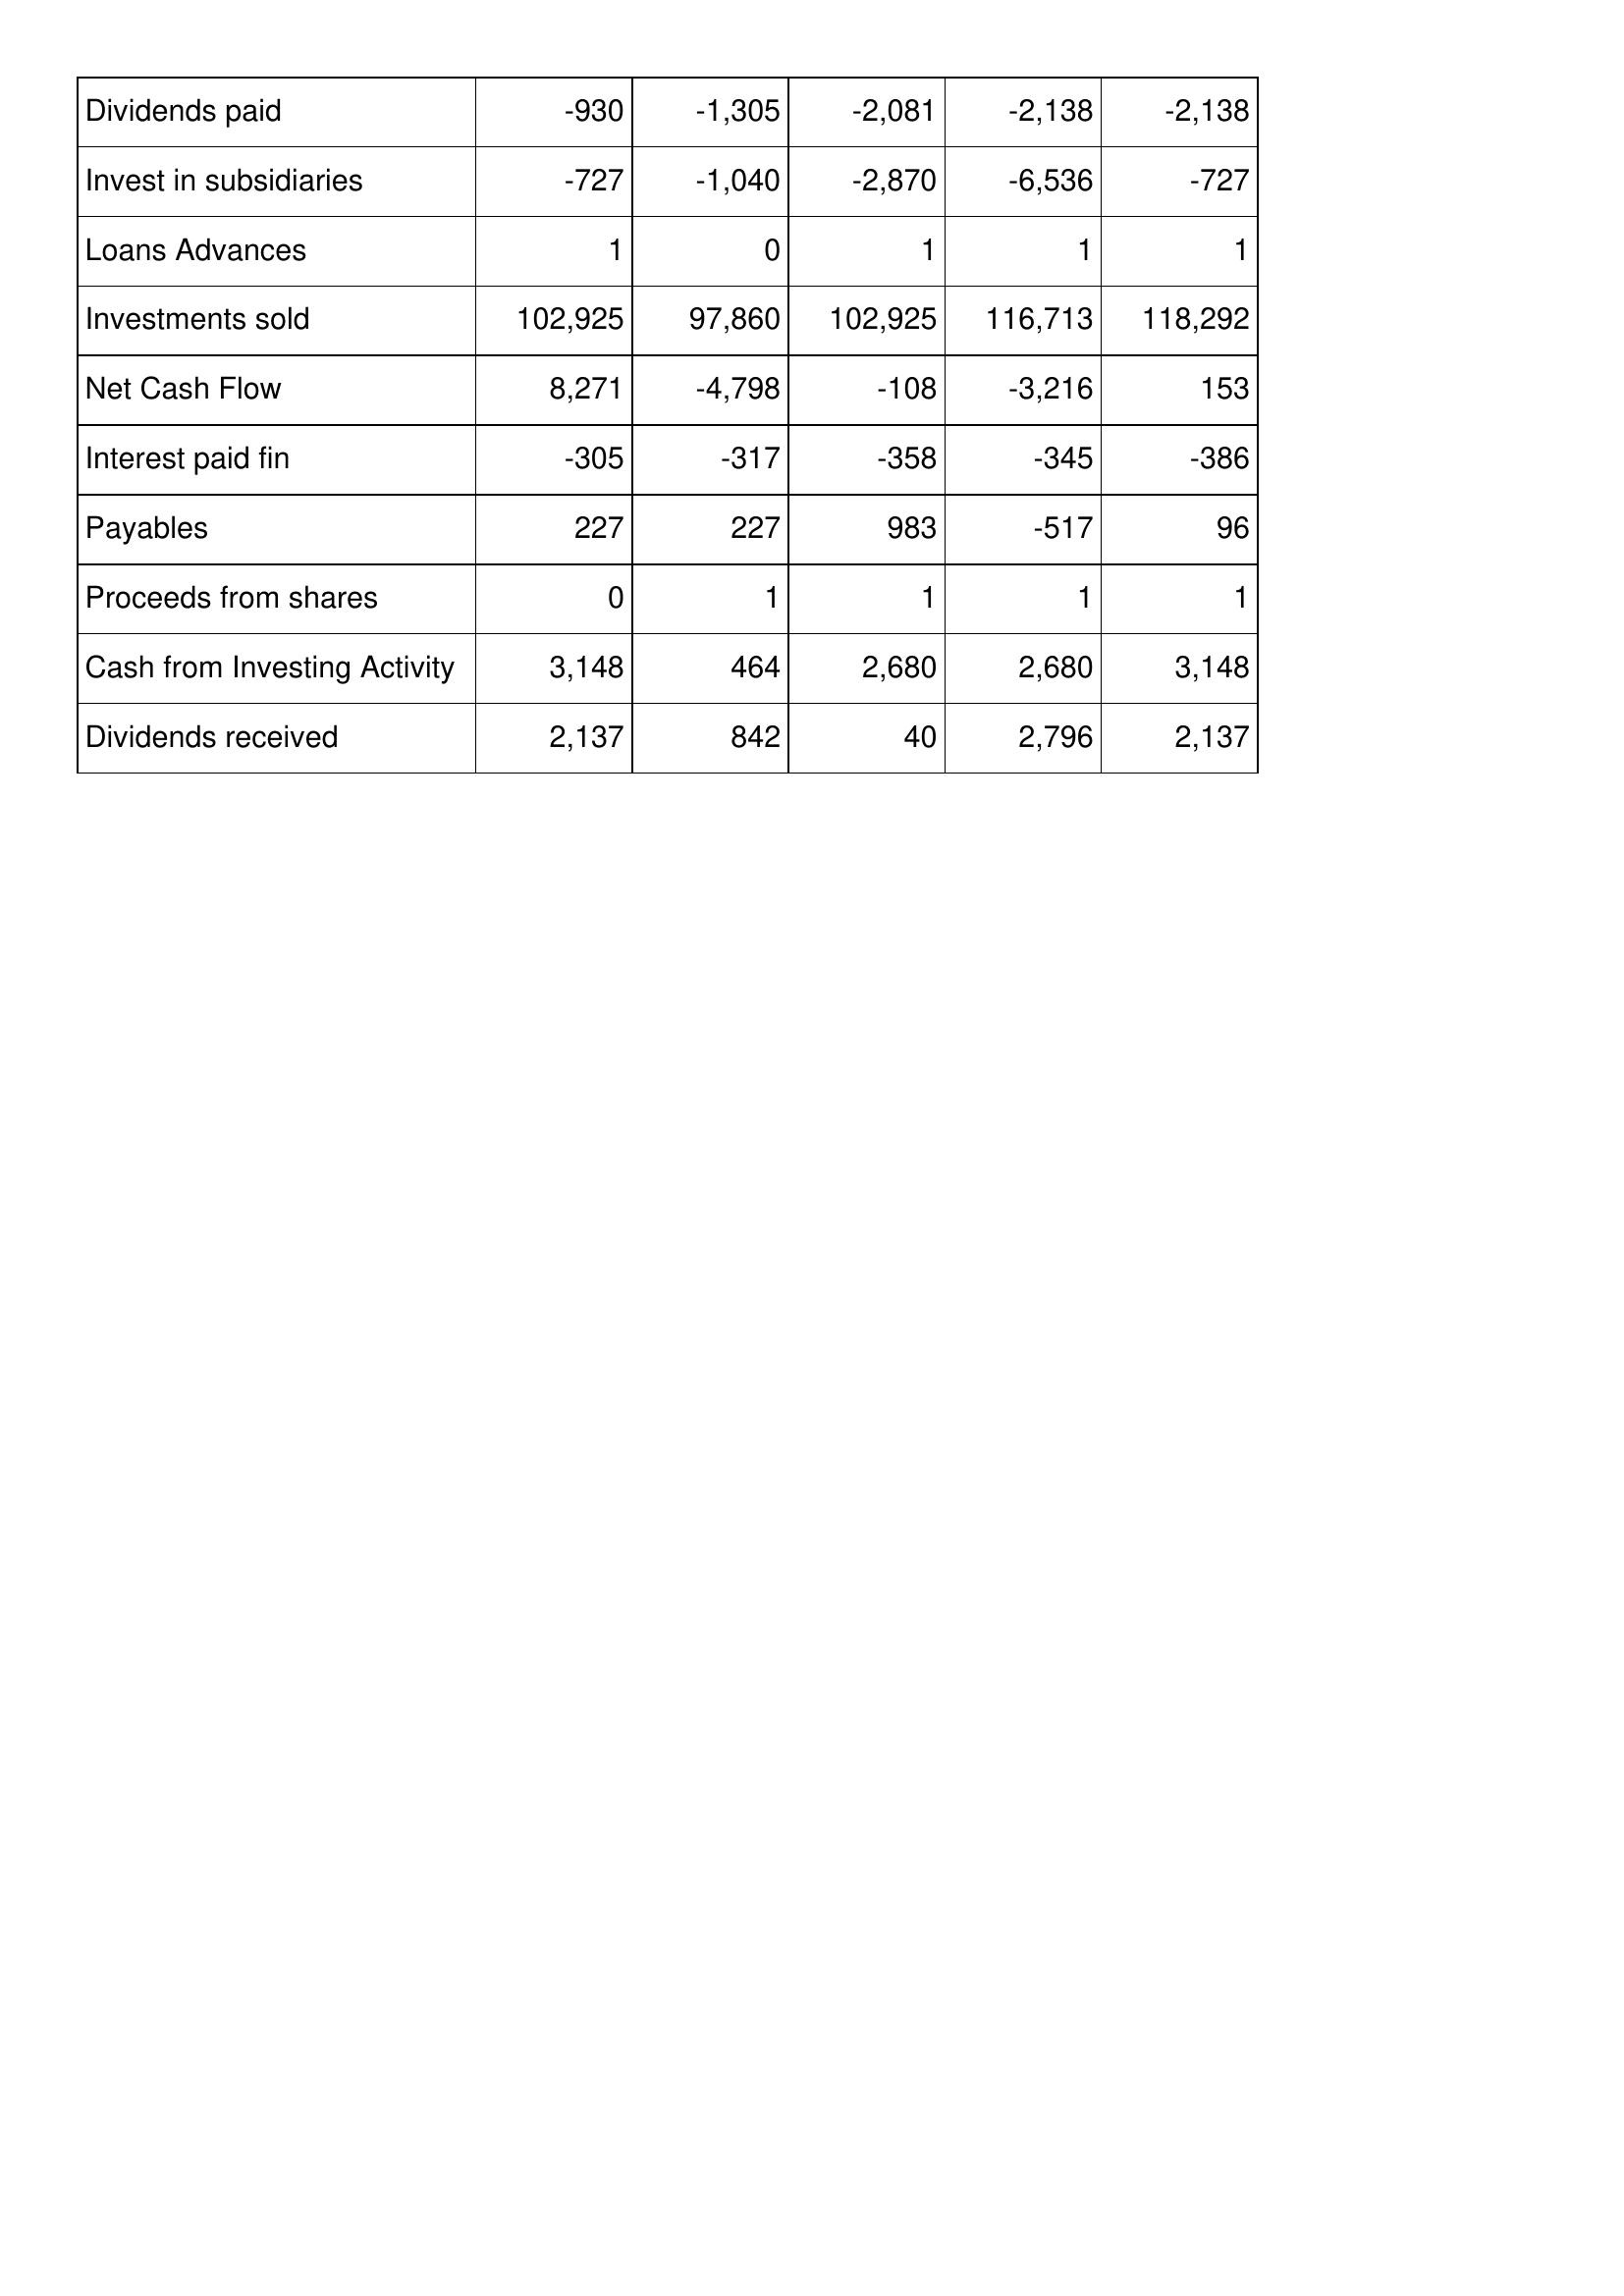
Jun-12: Cash Flows: Dividends paid: -930
Invest in subsidiaries: -727
Loans Advances: 1
Investments sold: 102,925
Net Cash Flow: 8,271
Interest paid fin: -305
Payables: 227
Proceeds from shares: 0
Cash from Investing Activity: 3,148
Dividends received: 2,137
Jun-11: Cash Flows: Dividends paid: -1,305
Invest in subsidiaries: -1,040
Loans Advances: 0
Investments sold: 97,860
Net Cash Flow: -4,798
Interest paid fin: -317
Payables: 227
Proceeds from shares: 1
Cash from Investing Activity: 464
Dividends received: 842
Jun-10: Cash Flows: Dividends paid: -2,081
Invest in subsidiaries: -2,870
Loans Advances: 1
Investments sold: 102,925
Net Cash Flow: -108
Interest paid fin: -358
Payables: 983
Proceeds from shares: 1
Cash from Investing Activity: 2,680
Dividends received: 40
Jun-09: Cash Flows: Dividends paid: -2,138
Invest in subsidiaries: -6,536
Loans Advances: 1
Investments sold: 116,713
Net Cash Flow: -3,216
Interest paid fin: -345
Payables: -517
Proceeds from shares: 1
Cash from Investing Activity: 2,680
Dividends received: 2,796
Jun-08: Cash Flows: Dividends paid: -2,138
Invest in subsidiaries: -727
Loans Advances: 1
Investments sold: 118,292
Net Cash Flow: 153
Interest paid fin: -386
Payables: 96
Proceeds from shares: 1
Cash from Investing Activity: 3,148
Dividends received: 2,137